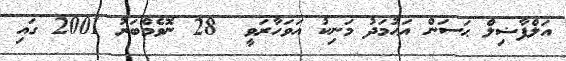
އަލްފާޟިލް ޙަސަން އަޙުމަދު މަނިކު އަވަހާރަވީ  28 ނޮވެމްބަރު 2001 ގައި